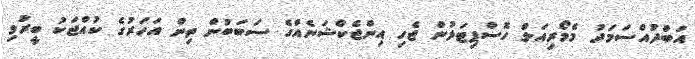
އަބްދުއްސަމަދު މެމޯރިއަލް ހޮސްޕިޓަލުން ޖެހި އިންޖެކްޝަނެއްގެ ސަބަބުން ތިން އަހަރުގެ ކުއްޖަކު ބީރުވި